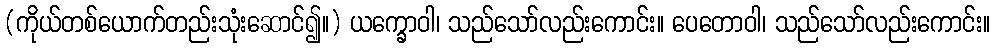
(ကိုယ်တစ်ယောက်တည်းသုံးဆောင်၍။) ယက္ခောဝါ၊ သည်သော်လည်းကောင်း။ ပေတောဝါ၊ သည်သော်လည်းကောင်း။